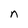
Character: n